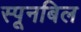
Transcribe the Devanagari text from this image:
स्पूनबिल